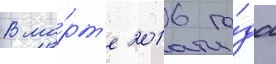
В ма́рт'е 2016 го́да